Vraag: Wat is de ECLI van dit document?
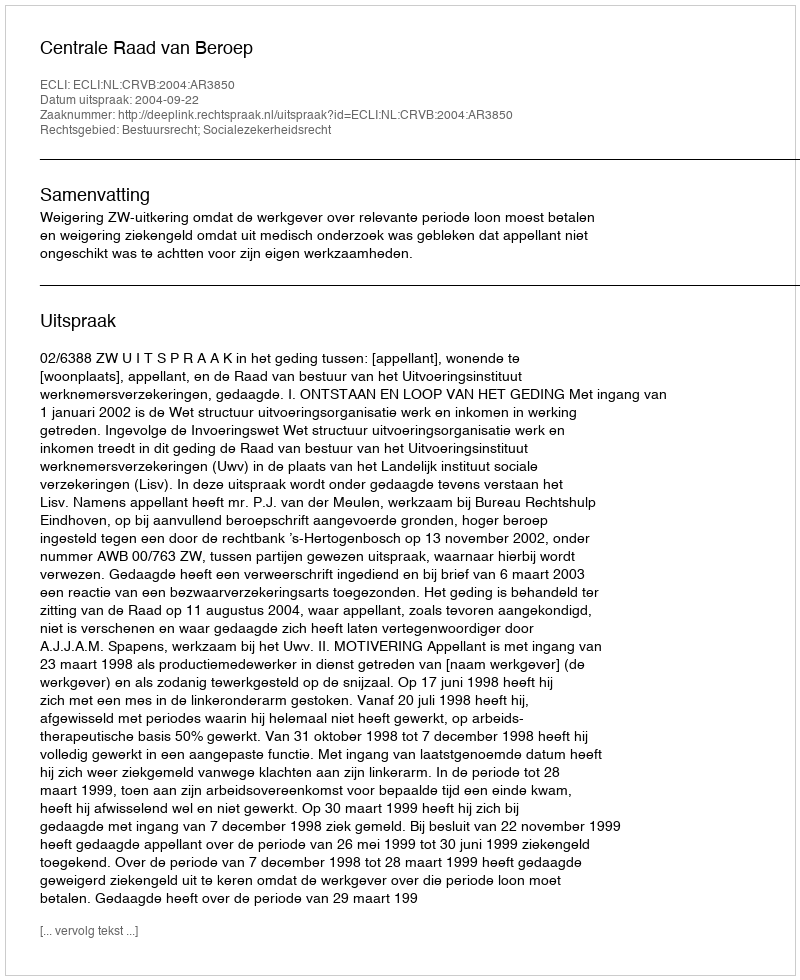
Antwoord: ECLI:NL:CRVB:2004:AR3850